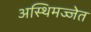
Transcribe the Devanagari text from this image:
अस्थिमज्जेत